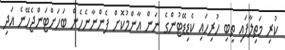
ކުރި މަތިލާފައި ތިބި ހުރިހައި ކެޑިޑޭޓުންގެ ނަން އާންމުކޮށް ފެންނާނެހެން ބަހަށްޓަންޖެހޭނެ އަދި